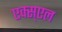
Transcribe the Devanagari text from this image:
एक्स्एल